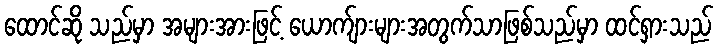
ထောင်ဆို သည်မှာ အများအားဖြင့် ယောက်ျားများအတွက်သာဖြစ်သည်မှာ ထင်ရှားသည်